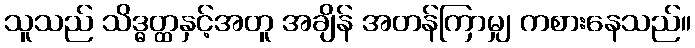
သူသည် သိဒ္ဓတ္ထနှင့်အတူ အချိန် အတန်ကြာမျှ ကစားနေသည်။